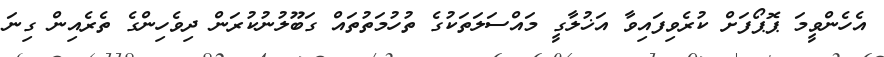
އެހެންވީމަ ޕޮޕޯފަށް ކުރެވިފައިވާ އަޚުލާގީ މައްސަލަތަކުގެ ތުހުމަތުތައް ގަބޫލުނުކުރަން ދިވެހިންގެ ތެރެއިން ގިނަ